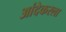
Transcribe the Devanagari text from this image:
आंदेकरला